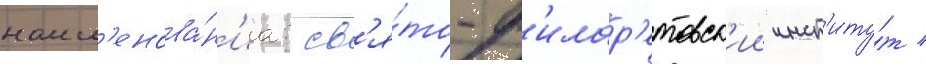
наим'енова́н'иа: св'я́то-ф'илар'етовск'ии инст'иту́т /